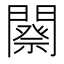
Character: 𨶋